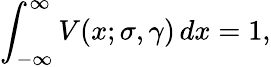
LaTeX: \int_{-\infty}^{\infty}V(x;\sigma,\gamma)\, dx=1,